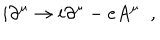
i \partial ^ { \mu } \rightarrow i \partial ^ { \mu } - e A ^ { \mu } \; \; ,